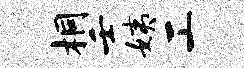
桐壬姨工